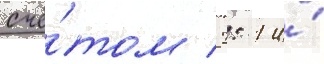
счё́том 2: 1 и́